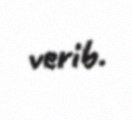
verib.